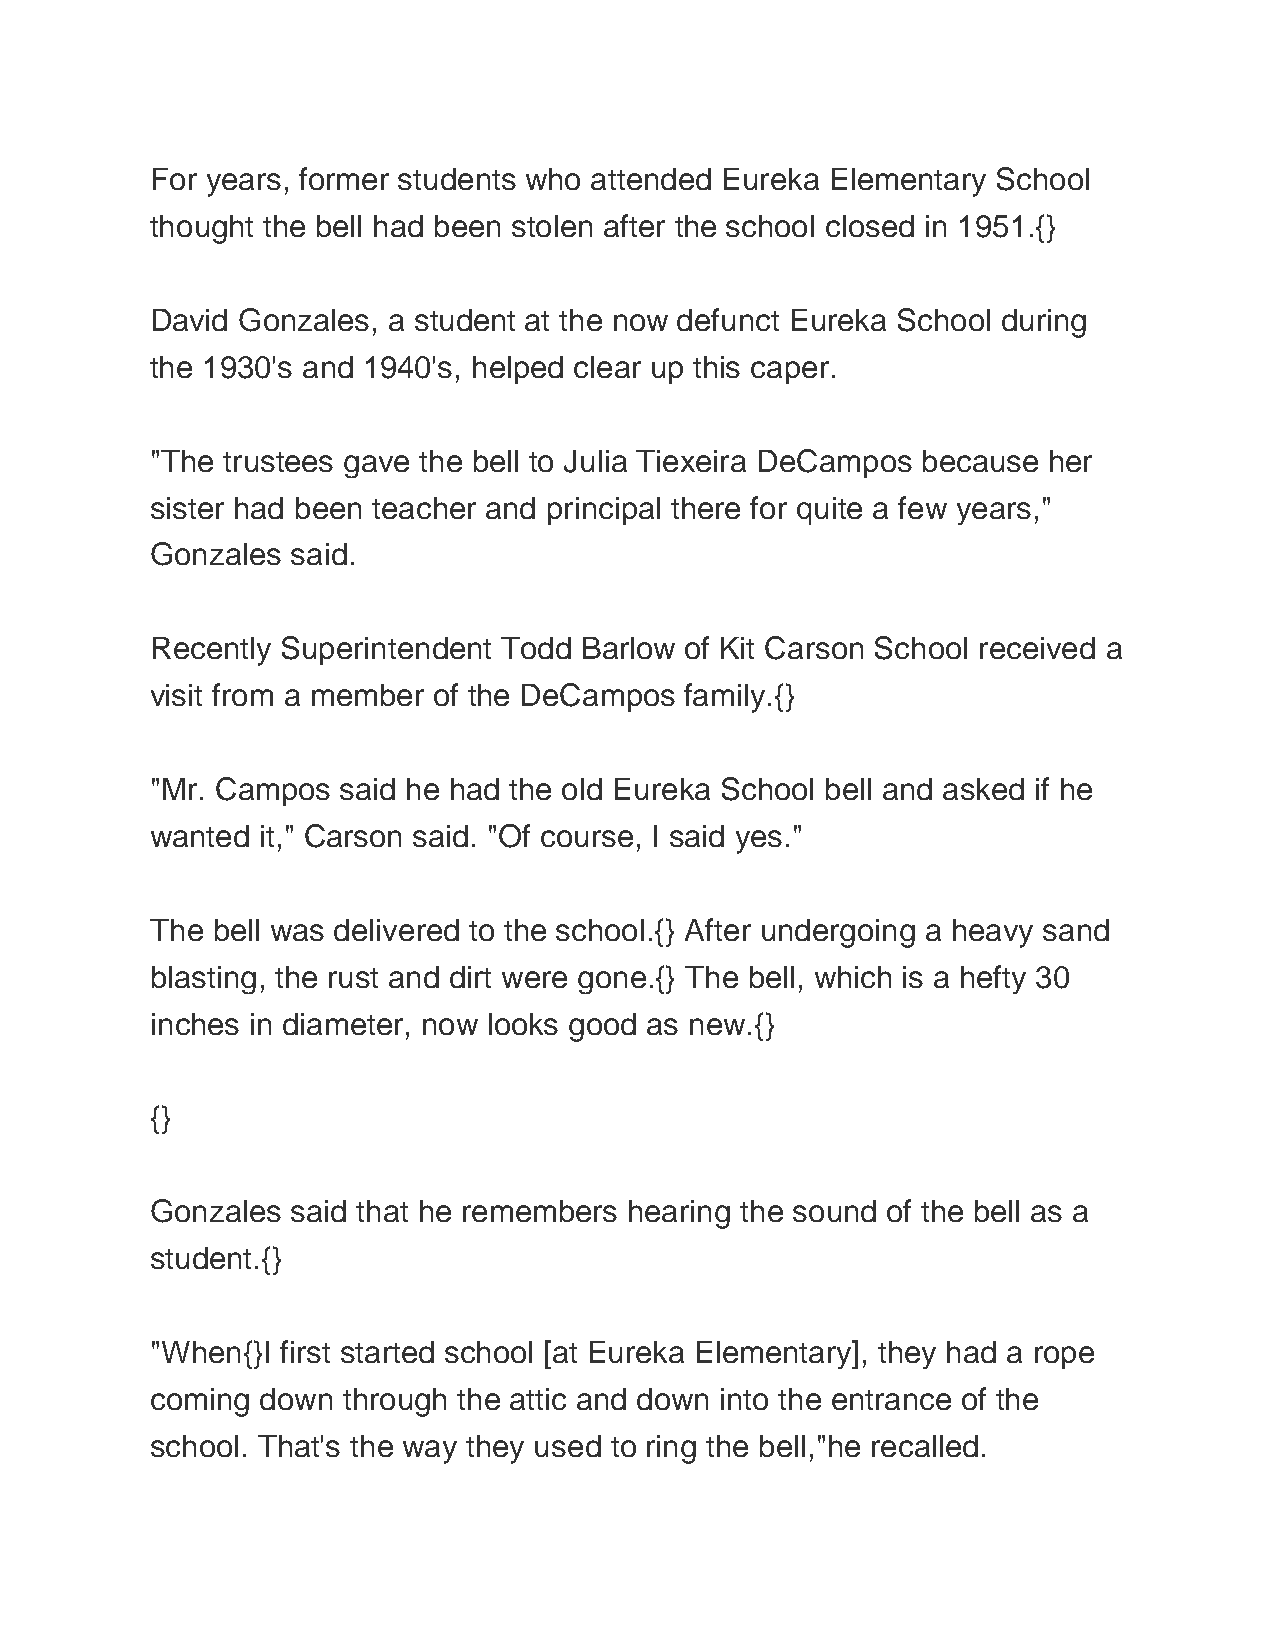
For years, former students who attended Eureka Elementary School
 thought the bell had been stolen after the school closed in 1951.{}
 David Gonzales, a student at the now defunct Eureka School during
 the 1930's and 1940's, helped clear up this caper.
 "The trustees gave the bell to Julia Tiexeira DeCampos because her
 sister had been teacher and principal there for quite a few years,"
 Gonzales said.
 Recently Superintendent Todd Barlow of Kit Carson School received a
 visit from a member of the DeCampos family.{}
 "Mr. Campos  said he had the old Eureka School bell and asked if he
 wanted it," Carson said. "Of course, I said yes."
 The bell was delivered to the school.{} After undergoing a heavy sand
 blasting, the rust and dirt were gone.{} The bell, which is a hefty 30
 inches in diameter, now looks good as new.{}
 {}
 Gonzales said that he remembers hearing the sound of the bell as a
 student.{}
 "When{}I first started school [at Eureka Elementary], they had a rope
 coming down  through the attic and down into the entrance of the
 school. That's the way they used to ring the bell,"he recalled.